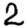
Digit: 2